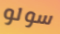
سولو